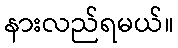
နားလည်ရမယ်။